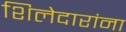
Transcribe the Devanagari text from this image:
शिलेदारांना